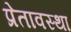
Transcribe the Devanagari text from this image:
प्रेतावस्था